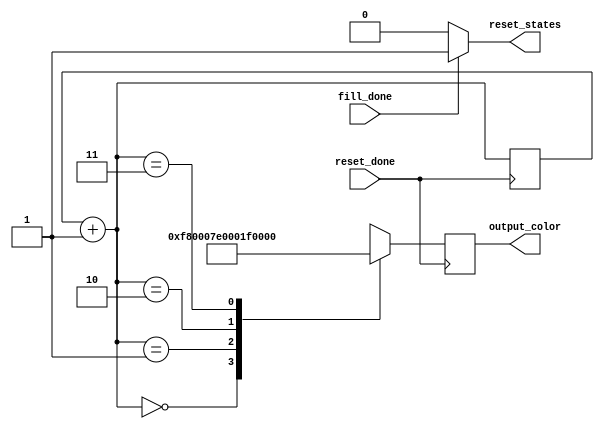
 module color_generator (
	input wire fill_done,
	input wire reset_done,
	output reg [15:0] output_color = 16'hf800,
	output reg reset_states
 );
 
 reg [1:0] counter = 2'd0;
 
 always @* begin
	if (fill_done) begin
		reset_states <= 1'b1;
	end
	else begin
		reset_states <= 1'b0;
	end
 end
 
 always @ (posedge reset_done)
 begin
   
	counter = counter + 2'd1;
	case(counter)
	0 : output_color <= 16'hf800;
	1 : output_color <= 16'h07e0;
	2 : output_color <= 16'h001f;
	3 : output_color <= 16'h0000;
	endcase
 end
 
 endmodule